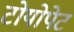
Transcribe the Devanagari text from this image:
टोयोपेट